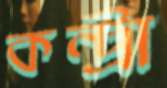
কন্ট্রা